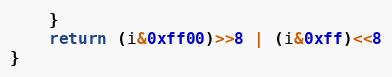
Language: Go
	}
	return (i&0xff00)>>8 | (i&0xff)<<8
}